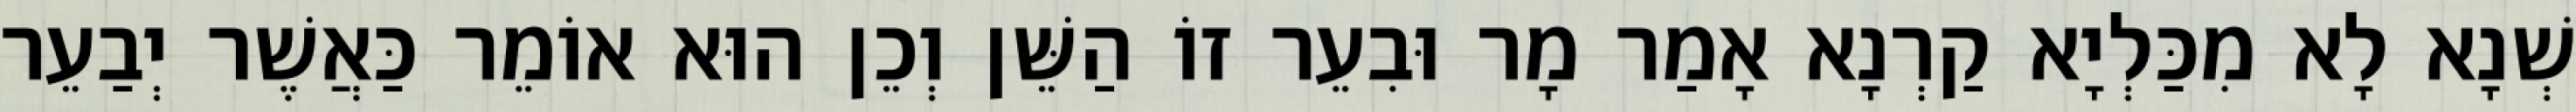
שְׁנָא לָא מִכַּלְיָא קַרְנָא אָמַר מָר וּבִעֵר זוֹ הַשֵּׁן וְכֵן הוּא אוֹמֵר כַּאֲשֶׁר יְבַעֵר